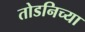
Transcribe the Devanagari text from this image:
तोडनिच्या